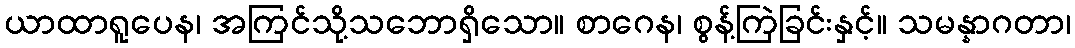
ယာထာရူပေန၊ အကြင်သို့သဘောရှိသော။ စာဂေန၊ စွန့်ကြဲခြင်းနှင့်။ သမန္နာဂတာ၊